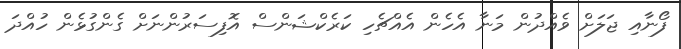
ފޯނާއި ޖަލަށް ވެއްދުން މަނާ އެހެން އެއްޗެހި ކަރެކްޝަންސް އޮފިސަރުންނަށް ގެންގުޅެން ހުއްދަ